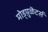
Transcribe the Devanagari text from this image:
मोड्य़ुळॆटर्स